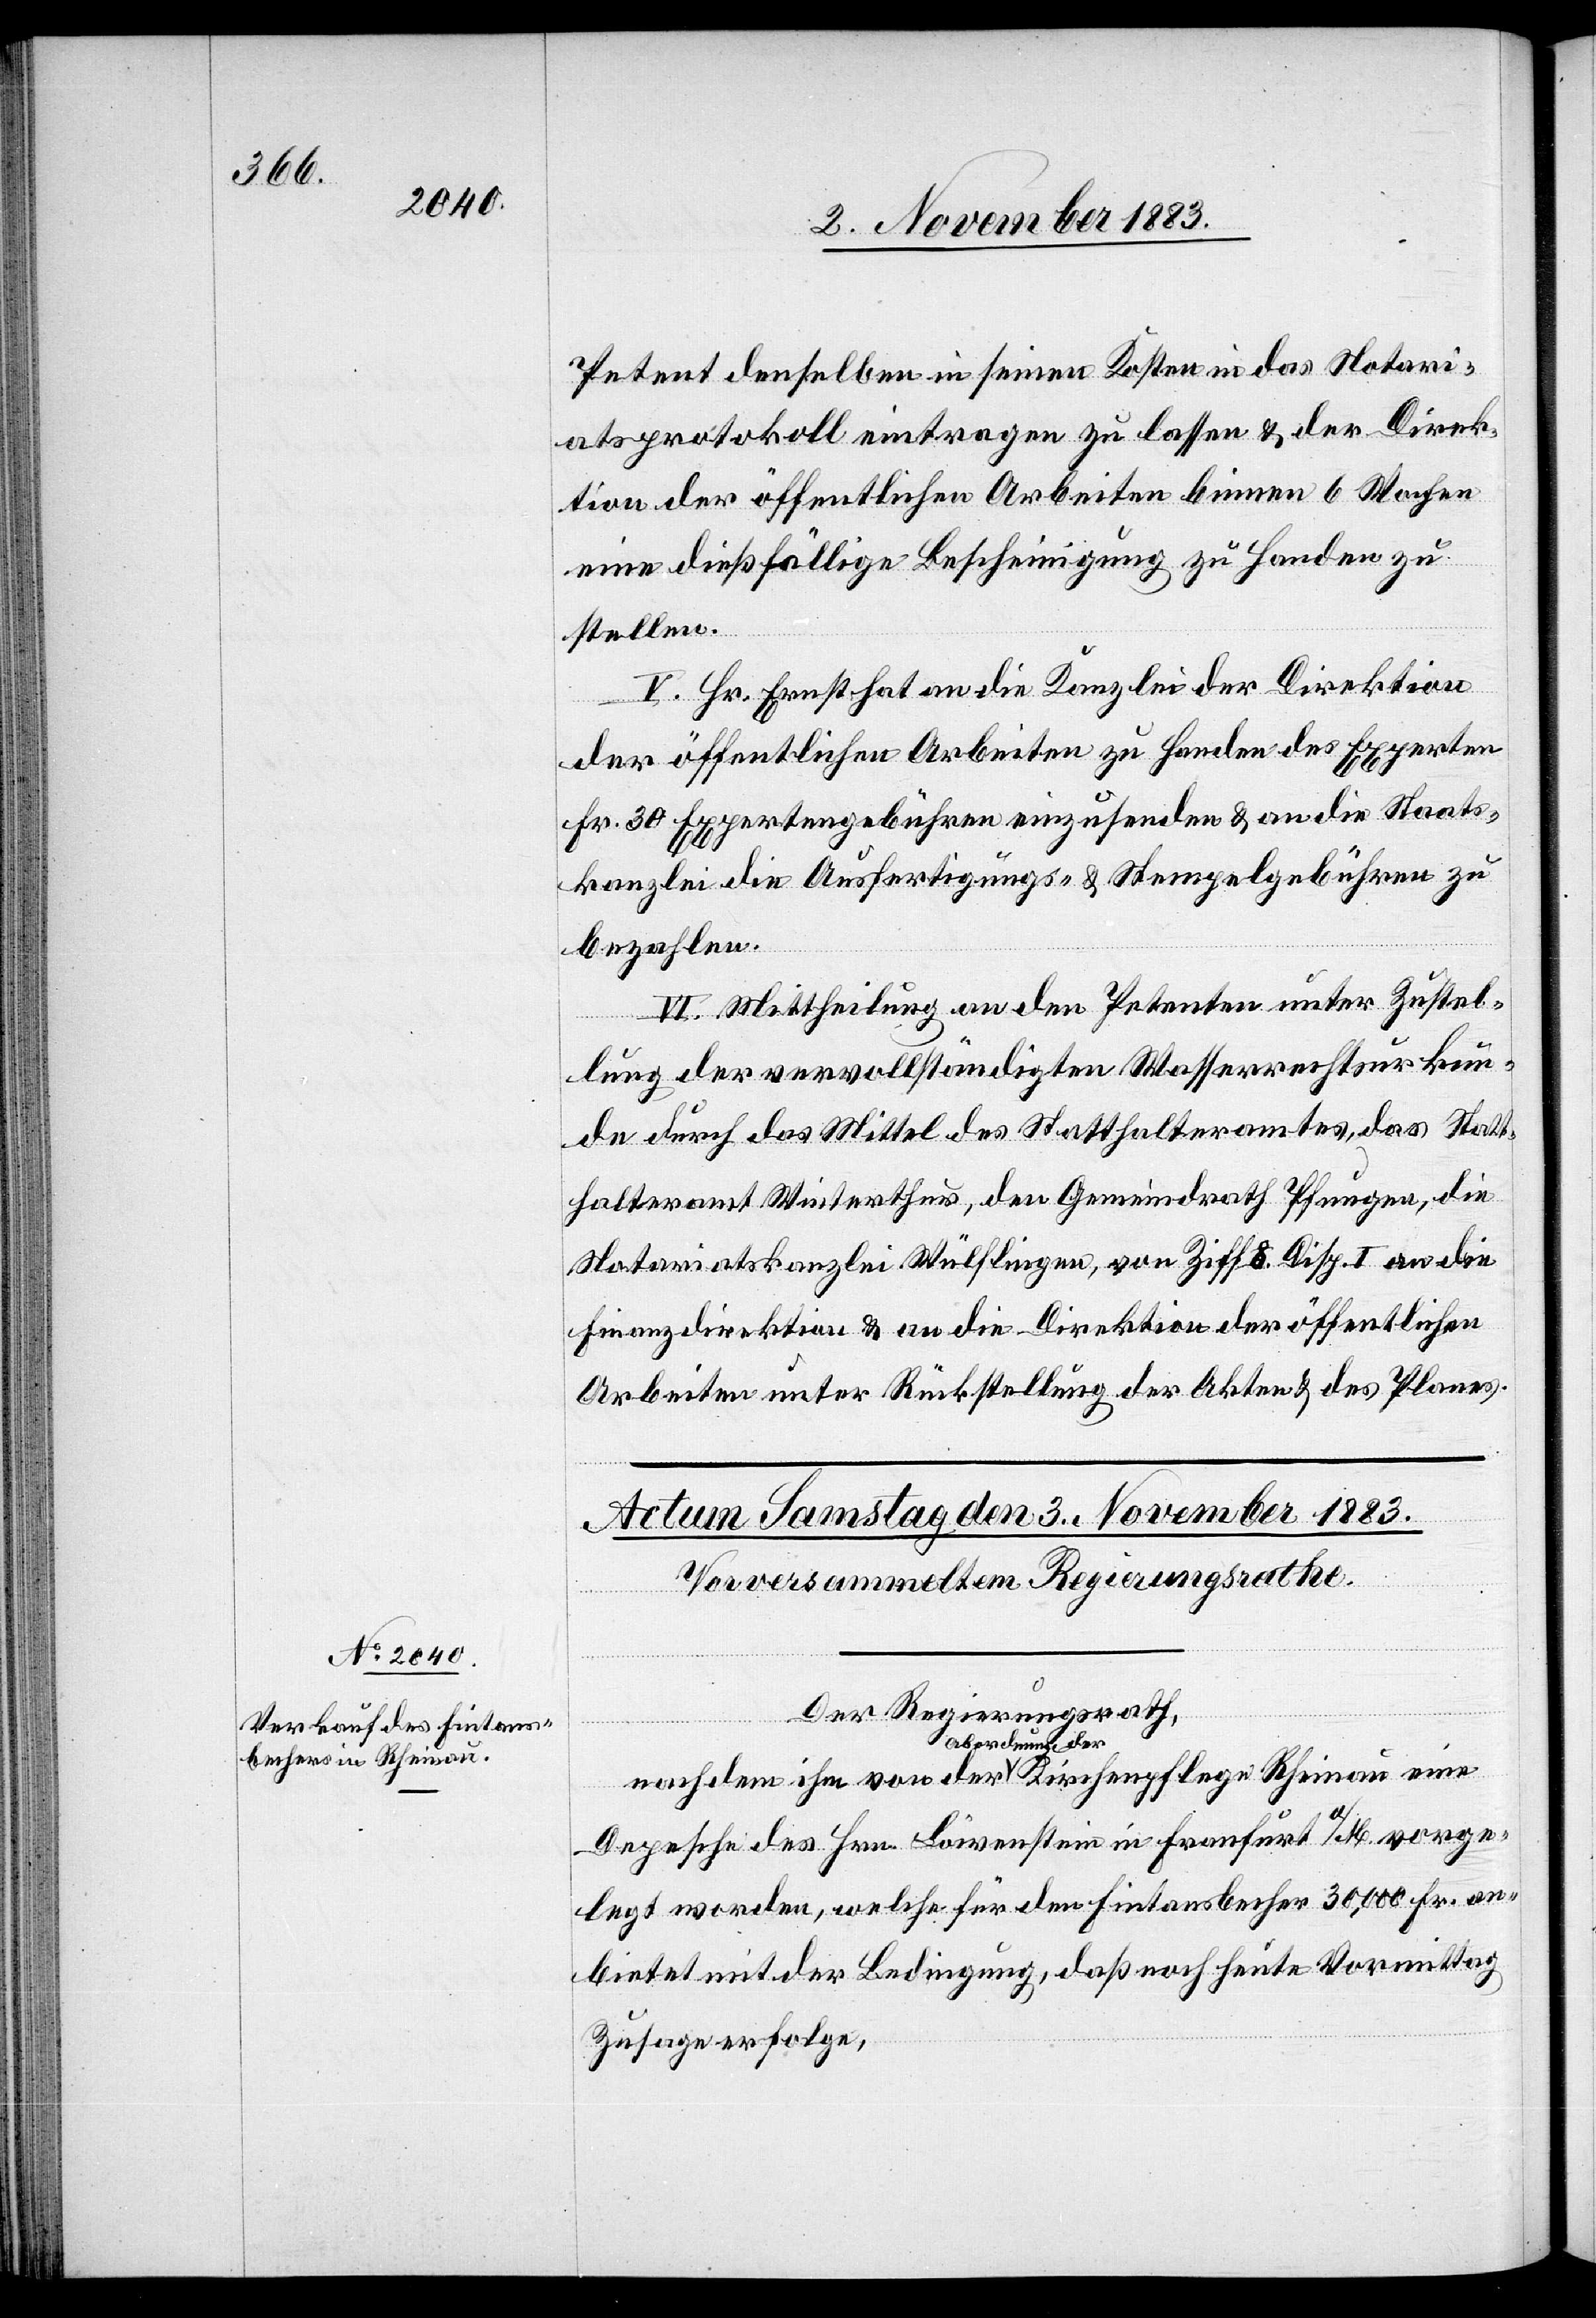
Petent denselben in seinen Kosten in das Notari¬
atsprotokoll eintragen zu lassen & der Direk¬
tion der öffentlichen Arbeiten binnen 6 Wochen
eine dießfällige Bescheinigung zu Handen zu
stellen.
V. Hr. Ernst hat an die Kanzlei der Direktion
der öffentlichen Arbeiten zu Handen des Experten
Fr. 30 Expertengebühren einzusenden & an die Staats¬
kanzlei die Ausfertigungs- & Stempelgebühren zu
bezahlen.
IV. Mittheilung an den Petenten unter Zustel¬
eine
lung der vervollständigten Wasserrechtsurkun¬
de durch das Mittel des Statthalteramtes, das Statt¬
halteramt Winterthur, den Gemeindrath Pfungen, die
Notariatskanzlei Wülflingen, von Ziff. 8 Disp. I an die
Finanzdirektion & an die Direktion der öffentlichen
Arbeiten unter Rückstellung der Akten & des Planes.
Rh¬
Der Regierungsrath,
a-Abordnung der-a
Depesche des Hrn. Löwenstein in Frankfurt a/M. vorge¬
legt worden, welche für den Fintansbecher 30,000 Fr. an¬
bietet mit der Bedingung, daß noch heute Vormittag
Zusage erfolge,